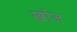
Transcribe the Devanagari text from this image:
खोंज